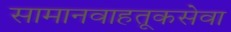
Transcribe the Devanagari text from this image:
सामानवाहतूकसेवा